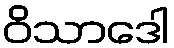
ဝိသာဒေါ